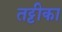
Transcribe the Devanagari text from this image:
तट्टीका